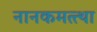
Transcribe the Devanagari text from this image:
नानकमत्त्था